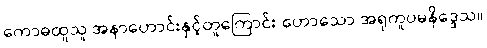
ကောဓထူသူ အနာဟောင်းနှင့်တူကြောင်း ဟောသော အရုကူပမနိဒ္ဒေသ။